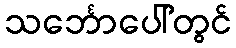
သင်္ဘောပေါ်တွင်